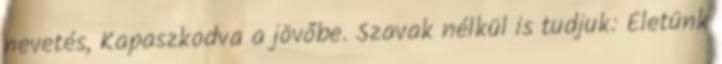
nevetés, Kapaszkodva a jövőbe. Szavak nélkül is tudjuk: Életünk